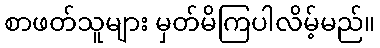
စာဖတ်သူများ မှတ်မိကြပါလိမ့်မည်။